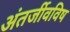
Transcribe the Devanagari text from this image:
अंतर्जीवविष